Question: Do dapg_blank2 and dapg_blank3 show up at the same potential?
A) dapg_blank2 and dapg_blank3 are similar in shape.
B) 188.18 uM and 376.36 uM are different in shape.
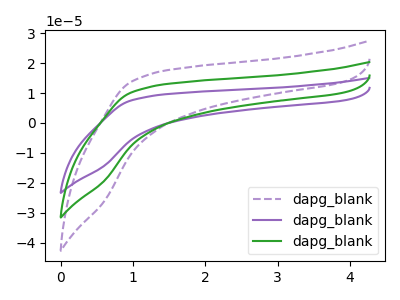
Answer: <think>The purple dashed curve "dapg_blank1" has no peaks. The purple curve "dapg_blank2" has no peaks. The green curve "dapg_blank3" has no peaks.
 Neither "dapg_blank2" or "dapg_blank3" have any peaks.</think>
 <answer>A) "dapg_blank2" and "dapg_blank3" are similar in shape.</answer>
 <eval>A</eval>